Report on lock hospitals in British Burma
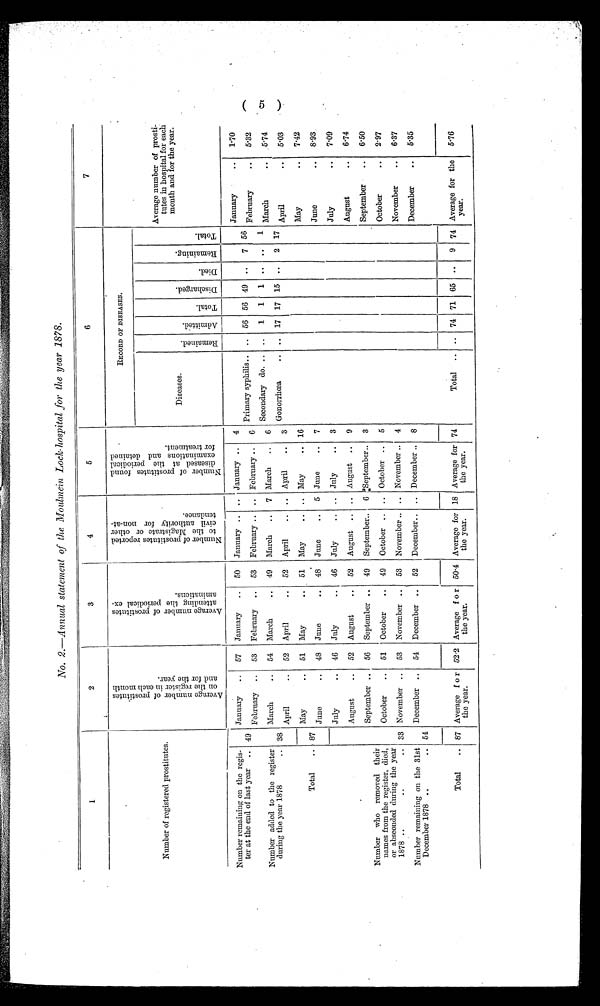
No. 2.—Annual statement of the Moulmein Lock-hospital for the year 1878.
1
2
3
4
5
6
7
Number of registered prostitutes.
A v e r a g e n u m b e r o f p r o s t i t u t e s o n t h e r e g i s t e r i n e a c h m o n t h a n d t h e y e a r .
A v e r a g e n u m b e r o f p r o s t i t u t e s a t t e n d i n g t h e p e r i o d i c a l e x a m a t t o n s .
N u m b e r o f p r o s t i t u t e s r e p o r t e d t o t h e M a g i s t r a t e . o r o t h e r c i v i l a u t h r o r i t y n o n a t t e n d a n c e .
N u m b e r o f p r o s t i t u t e s f o u n d d i s e a s e d a t t h e p e r i o d i c a l e x a m i n a t i o n s a n d d e t a i n e d . f o r t r e a t m e n t .
RECORD OF DISEASES.
Diseases.
R e m a i n e d .
A d m i t t e d .
T o t a l
D i s c h a r g e d .
D i e d .
R e m a i n i n g .
T o t a l .
Average number of prosti
tutes in hospital for
each month and for the year.
Number remaining on the regis-
ter at the end of last year .. 49
January
..
57
January
..
50
January ..
.. January ..
4
January
. . .
1.70
February
..
53
February
..
53
February ..
.. February ..
6
Primary syphilis..
..
56 56 49
..
7 56
February
..
5.32
Number added to the register
during the year 1878
.. 38
87
March
..
54
March
..
49
March
..
7 March
..
6
Secondary do. ..
..
1
1
1 ..
. .
1
March
..
5.74
April
..
52
April
..
52
April
..
.. April
..
3
Gonorrhœa
..
..
17 17 15
..
2 17
April
..
5.03
May
..
51
May
..
51
May
..
.. May
.. 16
May
..
7.42
Total
..
June
..
4S
June
..
48
June
..
5 June
..
7
June
..
8.93
July
..
46
July
..
46
July
..
.. July
..
3
July
..
7'09
August
..
52
August
..
52
August
.. August
..
9
August
..
6.74
September ..
56
September ..
49
September..
6 September..
3
September
..
6.50
Number who removed their
names from the register, died,
or absconded during the year
1878 ..
.. 33
October
..
51
October
..
49
October
.. October ..
5
October
. . 2.97
November ..
53
November ..
53
November .. .. November ..
4
November
..
6.37
Number remaining on the 31st
December 1878 ..
.. 54
December ..
54
December ..
52
December..
.. December ..
8
December
..
5.35
Average f o r
the year.
Average f o r
the year.
Average for
the year.
Average for
the year.
Total
..
Average for the
year.
..
74 71 65 ..
9 74
5.76
Total
.. 87
52.2
50.4
18
74
( 5)